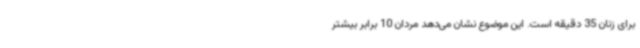
برای زنان 35 دقیقه است. این موضوع نشان می‌دهد مردان 10 برابر بیشتر